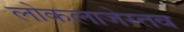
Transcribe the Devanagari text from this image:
लोकलाजेस्तव